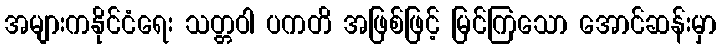
အများကနိုင်ငံရေး သတ္တဝါ ပကတိ အဖြစ်ဖြင့် မြင်ကြသော အောင်ဆန်းမှာ